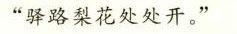
”驿路梨花处处开。”